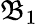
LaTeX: \mathfrak{B}_{1}